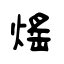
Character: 熎